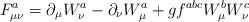
LaTeX: \begin{align*}F_{\mu \nu} ^a = \partial _{\mu} W_{\nu} ^a - \partial _{\nu}W_{\mu} ^a + g f ^{abc} W_{\mu} ^b W_{\nu} ^c\end{align*}